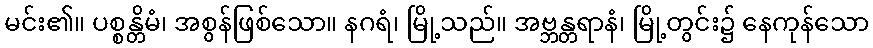
မင်း၏။ ပစ္စန္တိမံ၊ အစွန်ဖြစ်သော။ နဂရံ၊ မြို့သည်။ အဗ္ဘန္တရာနံ၊ မြို့တွင်း၌ နေကုန်သော